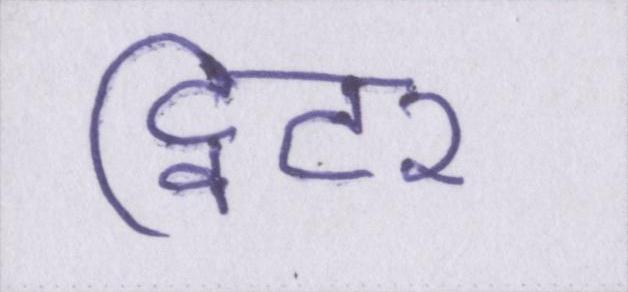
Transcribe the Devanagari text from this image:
ट्विटर